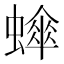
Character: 𬠮